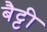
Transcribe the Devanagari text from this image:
बैट्टी